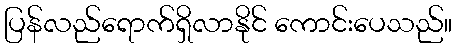
ပြန်လည်ရောက်ရှိလာနိုင် ကောင်းပေသည်။